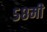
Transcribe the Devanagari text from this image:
५८मी